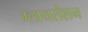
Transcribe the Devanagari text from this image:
ग्लायसेशन